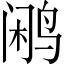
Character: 鹇